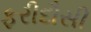
ફરીદૌસી